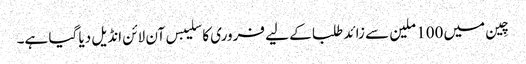
چِین میں 100 ملین سے زائد طلبا کے لیے فروری کا سلیبس آن لائن انڈیل دیا گیا ہے۔